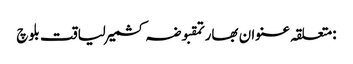
:متعلقہ عنوان بھارتمقبوضہ کشمیرلیاقت بلوچ